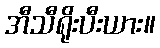
အီသီရိုးပီးယား။